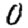
Digit: 0